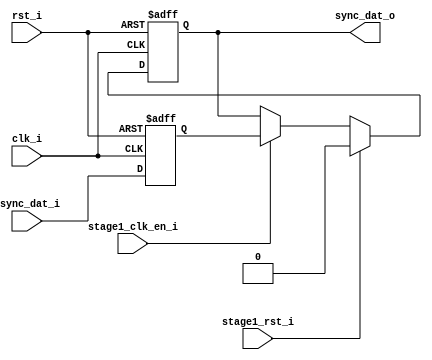
module uart_sync_flops
(
  // internal signals
  rst_i,
  clk_i,
  stage1_rst_i,
  stage1_clk_en_i,
  async_dat_i,
  sync_dat_o
);

parameter width         = 1;
parameter init_value    = 1'b0;

input                           rst_i;                  // reset input
input                           clk_i;                  // clock input
input                           stage1_rst_i;           // synchronous reset for stage 1 FF
input                           stage1_clk_en_i;        // synchronous clock enable for stage 1 FF
input   [width-1:0]             async_dat_i;            // asynchronous data input
output  [width-1:0]             sync_dat_o;             // synchronous data output


//
// Interal signal declarations
//

reg     [width-1:0]             sync_dat_o;
reg     [width-1:0]             flop_0;


// first stage
always @ (posedge clk_i or posedge rst_i)
begin
    if (rst_i)
        flop_0 <= {width{init_value}};
    else
        flop_0 <= async_dat_i;    
end

// second stage
always @ (posedge clk_i or posedge rst_i)
begin
    if (rst_i)
        sync_dat_o <= {width{init_value}};
    else if (stage1_rst_i)
        sync_dat_o <= {width{init_value}};
    else if (stage1_clk_en_i)
        sync_dat_o <= flop_0;       
end

endmodule